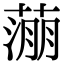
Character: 𬞉